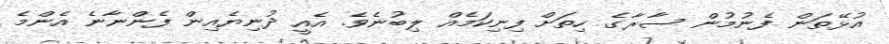
އުޅޭތަން ފެނުމުން ސާރާގެ ހިތަށް ފިނިކަމެއް ލިބުނެވެ. އެއީ ދުނިޔެއިން ފެންނާނެ އެންމެ